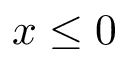
x \le 0